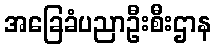
အခြေခံပညာဦးစီးဌာန